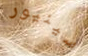
سينيور